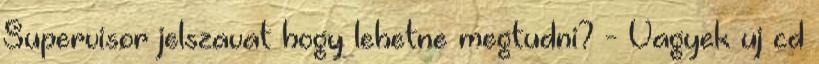
Supervisor jelszavat hogy lehetne megtudni? - Vagyek uj cd